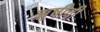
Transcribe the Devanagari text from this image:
ॠषीची